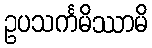
ဥပသင်္ကမိဿာမိ